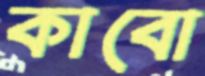
কাবো